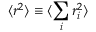
\langle r ^ { 2 } \rangle \equiv \langle \sum _ { i } r _ { i } ^ { 2 } \rangle